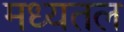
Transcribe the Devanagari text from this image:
मध्यतल